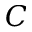
C